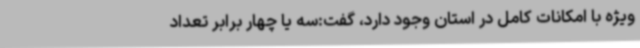
ویژه با امکانات کامل در استان وجود دارد، گفت:سه یا چهار برابر تعداد